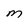
Character: M